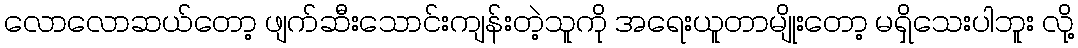
လောလောဆယ်တော့ ဖျက်ဆီးသောင်းကျန်းတဲ့သူကို အရေးယူတာမျိုးတော့ မရှိသေးပါဘူး လို့